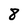
Character: 8